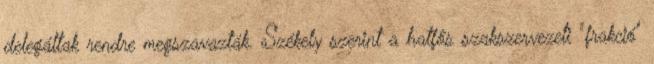
delegáltak rendre megszavazták. Székely szerint a hatfős szakszervezeti "frakció"